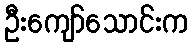
ဦးကျော်သောင်းက